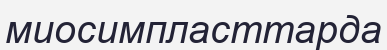
миосимпласттарда